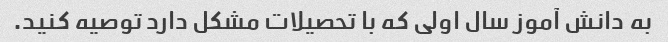
به دانش آموز سال اولی که با تحصیلات مشکل دارد توصیه کنید.